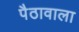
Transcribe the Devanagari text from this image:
पैठावाला